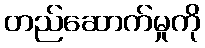
တည်ဆောက်မှုကို